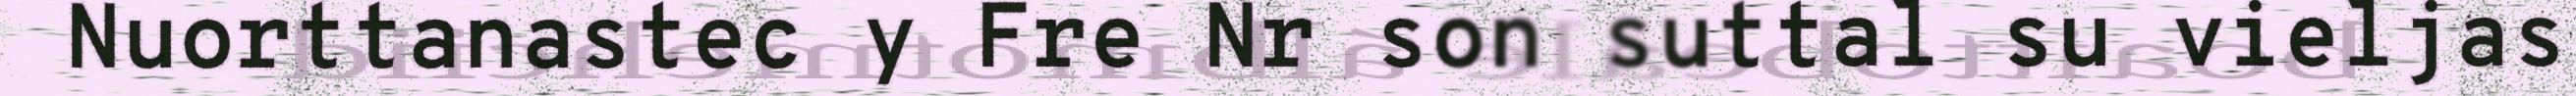
Nuorttanastec y Fre Nr son suttal su vieljas